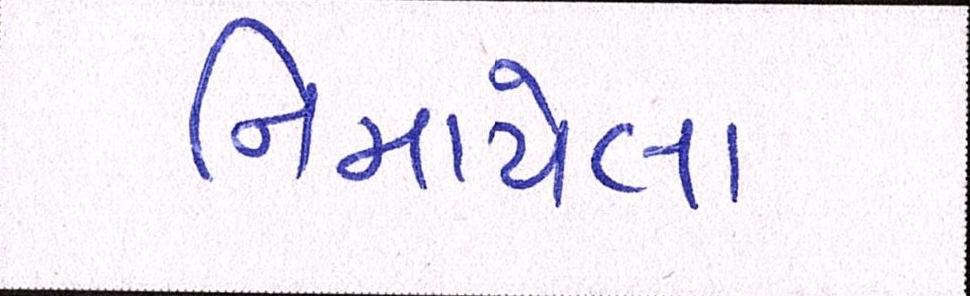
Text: નિમાયેલા